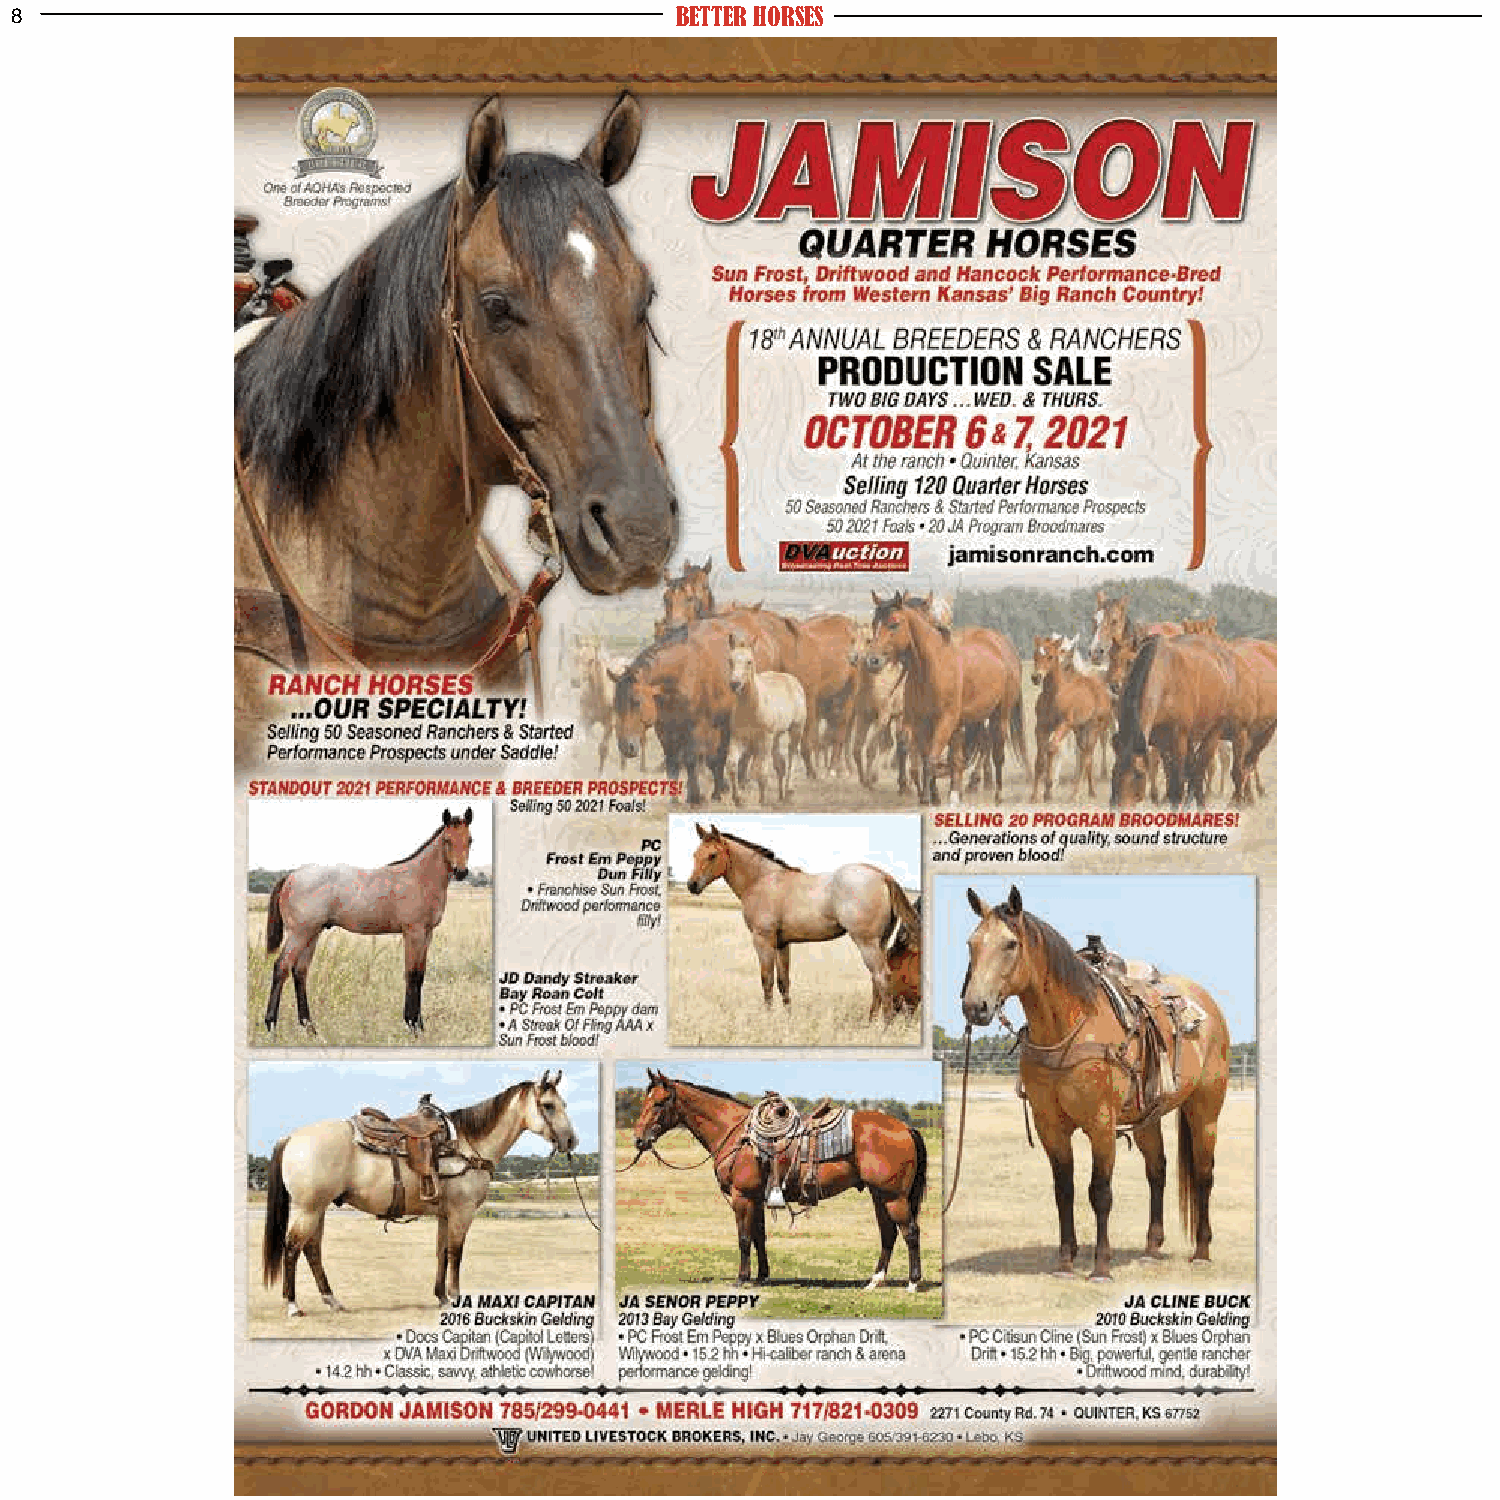
8                                           BETTER HORSES